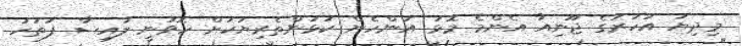
މިދިޔަ އަހަރުގެ ޖޫނިއާ އެންމެ މޮޅު އަންހެން ކުޅުންތެރިޔަކަށް ހޮވުނީ ލައިސާ ފަތުހު